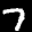
Label: 7